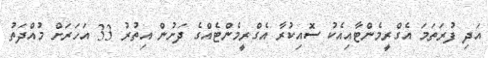
އަދި ފުރަތަމަ އެގްރީމެންޓާއިއެކު ސޮއިކުރާ އެގްރީމެންޓެއްގެ ދަށުން އިތުރު 33 އަހަރަށް މުއްދަތު